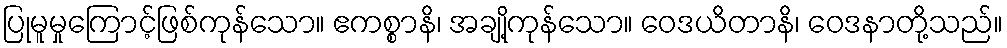
ပြုမူမှုကြောင့်ဖြစ်ကုန်သော။ ဧကစ္စာနိ၊ အချို့ကုန်သော။ ဝေဒယိတာနိ၊ ဝေဒနာတို့သည်။